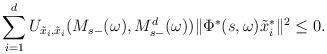
LaTeX: \begin{align*} \sum_{i=1}^d U_{\tilde x_i,\tilde x_i}(M_{s-}(\omega), M^d_{s-}(\omega))\|\Phi^*(s,\omega)\tilde x_i^*\|^2\leq 0.\end{align*}